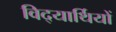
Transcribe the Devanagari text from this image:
विद्‍यार्थियों